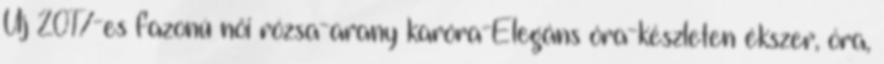
Új 2017-es fazonú női rózsa-arany karóra-Elegáns óra-készleten ékszer, óra,